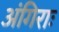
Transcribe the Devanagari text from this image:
अंगिराः